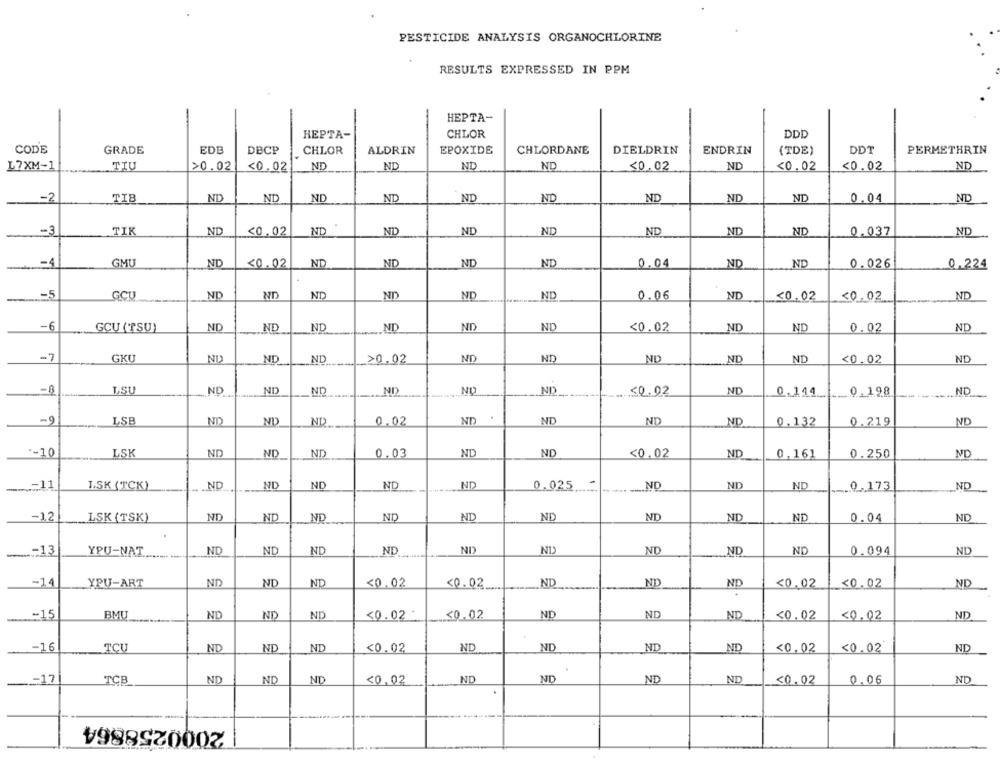
PESTICIDE ANALYSIS ORGANOCHLORINE
RESULTS EXPRESSED IN PPM
HEPTA-
HEPTA-
CHLOR
DDD
CODE
GRADE
EDB
DBCP
CHLOR
ALDRIN
EPOXIDE
CHLORDANE
DIELDRIN
ENDRIN
(TDE)
DDT
PERMETHRIN
L7XM-1
TIU
>0.02
<0.02
ND
ND
ND
ND
<0.02
ND
<0,02
<0.02
ND
-2
TIE
ND
ND
ND
ND
ND
ND
ND
ND
ND
ND
0.04
ND
-3
TIK
ND
<0.02
ND
ND
ND
ND
ND
ND
0.037
ND
-4
GML
ND
<0.02
ND
ND
ND
ND
0.04
ND
ND
0.026
0.224
-5
GCL
ND
ND
ND
ND
ND
0,06
ND
<0,02
<0.02
ND
-6
GCU (TSU)
ND
ND
ND
ND
ND
ND
<0.02
ND
ND
0.02
ND
-7
GKU
ND
ND
ND
->0.02
ND
ND
ND
ND
ND
<0.02
ND
-8
LSU
ND
NO
ND
ND
ND
ND
ND
<0.02
0.144
0.198
ND
ND
ND
ND
ND
ND
LSB
ND
0.02
ND
0.132
0.219
ND
.- 10
LSK
ND
ND
ND
0.03
ND
ND
<0.02
ND
0,161
0.250
ND
..... 11
LSK (TCK)
ND
ND
ND
ND
ND
0.025
-
.ND
ND
ND
.0.173
ND
-12
LSK (TSK)
ND
ND
ND
ND
ND
ND
ND
ND
ND
0.04
ND
ND
ND
ND
ND
ND
ND)
ND
ND
0.094
ND
13
YPU-NAT
ND
-14
YPU-ART
ND
ND
ND
<0.02
50.02
ND
ND
ND
<0.02
<0.02
ND
-15
BMU
ND
ND
ND
<0.02
<0.02
ND
ND
ND
<0.02
<0.02
ND
-16
TCU
ND
ND
ND
<0.02
ND
ND
ND
ND
<0,02
<0.02
ND
-... 17
ND
ND
ND
<0,02
ND
ND
ND
ND
50.02
0.06
ND
TCB
---
2000258864